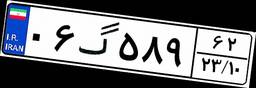
۰۶گ۵۸۹۶۲